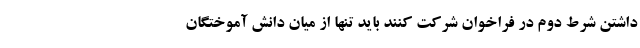
داشتن شرط دوم در فراخوان شرکت کنند باید تنها از میان دانش آموختگان